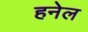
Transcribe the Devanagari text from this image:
हनेल